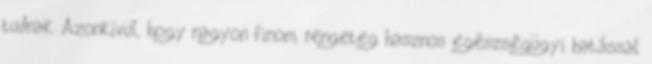
tudnak. Azonkívül, hogy nagyon finom, rengeteg hasznos egészségügyi hatással